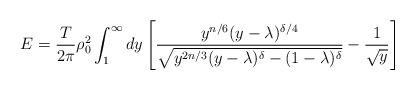
LaTeX: \begin{align*}E ={\frac{ T }{2 \pi}} \rho_0^2 \int_1^{\infty} dy \left[ {\frac{y^{n/6} (y- \lambda)^{\delta/4} }{\sqrt{ y^{2n/3} (y -\lambda)^{\delta} - (1 -\lambda)^{\delta}}}} - {\frac{1 }{\sqrt{y}}} \right]\end{align*}